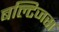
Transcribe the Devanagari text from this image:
बल्टिजस